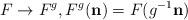
LaTeX: \begin{align*}\ F\rightarrow F^{g},F^{g}(\mathbf{n})=F(g^{-1}\mathbf{n})\text{}\mathbf{\ } \end{align*}